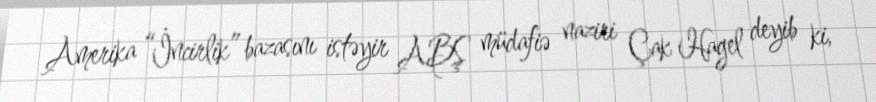
Amerika “İncirlik” bazasını istəyir ABŞ müdafiə naziri Çak Hagel deyib ki,